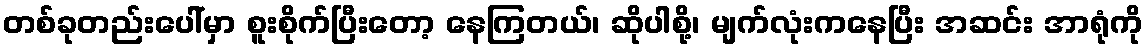
တစ်ခုတည်းပေါ်မှာ စူးစိုက်ပြီးတော့ နေကြတယ်၊ ဆိုပါစို့၊ မျက်လုံးကနေပြီး အဆင်း အာရုံကို